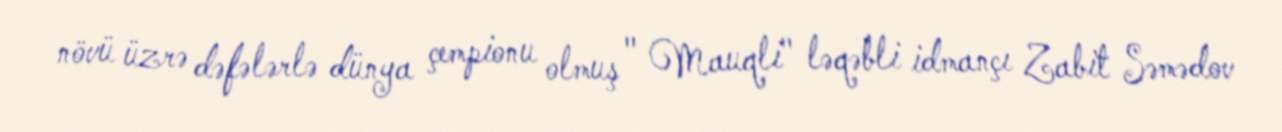
növü üzrə dəfələrlə dünya çempionu olmuş " Mauqli" ləqəbli idmançı Zabit Səmədov